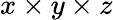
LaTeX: x\times y\times z